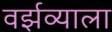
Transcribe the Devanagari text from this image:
वर्झव्याला